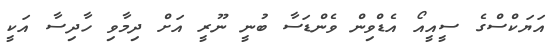
އަޔަކްސްގެ ސީއީއޯ އެޑްވިން ވެންޑަސާ ބުނީ ނޫރީ އަށް ދިމާވި ހާދިސާ އަކީ